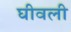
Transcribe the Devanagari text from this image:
घीवली